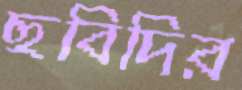
ছবিদির